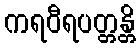
ကရဝီရပတ္တန္တိ